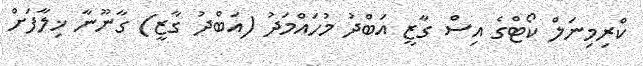
ކްރިމިނަލް ކޯޓްގެ އިސް ގާޒީ އަބްދު މުހައްމަދު (އަބްދު ގާޒީ) ގާނޫނާ ޚިލާފަށް